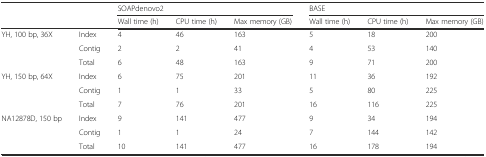
<table><thead><tr><td rowspan="2" colspan="2"></td><td colspan="3"><b>SOAPdenovo2</b></td><td colspan="3"><b>BASE</b></td></tr><tr><td><b>Wall time (h)</b></td><td><b>CPU time (h)</b></td><td><b>Max memory (GB)</b></td><td><b>Wall time (h)</b></td><td><b>CPU time (h)</b></td><td><b>Max memory (GB)</b></td></tr></thead><tbody><tr><td rowspan="3">YH, 100 bp, 36X</td><td>Index</td><td>4</td><td>46</td><td>163</td><td>5</td><td>18</td><td>200</td></tr><tr><td>Contig</td><td>2</td><td>2</td><td>41</td><td>4</td><td>53</td><td>140</td></tr><tr><td>Total</td><td>6</td><td>48</td><td>163</td><td>9</td><td>71</td><td>200</td></tr><tr><td rowspan="3">YH, 150 bp, 64X</td><td>Index</td><td>6</td><td>75</td><td>201</td><td>11</td><td>36</td><td>192</td></tr><tr><td>Contig</td><td>1</td><td>1</td><td>33</td><td>5</td><td>80</td><td>225</td></tr><tr><td>Total</td><td>7</td><td>76</td><td>201</td><td>16</td><td>116</td><td>225</td></tr><tr><td rowspan="3">NA12878D, 150 bp</td><td>Index</td><td>9</td><td>141</td><td>477</td><td>9</td><td>34</td><td>194</td></tr><tr><td>Contig</td><td>1</td><td>1</td><td>24</td><td>7</td><td>144</td><td>142</td></tr><tr><td>Total</td><td>10</td><td>141</td><td>477</td><td>16</td><td>178</td><td>194</td></tr></tbody></table>